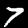
Label: 7